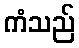
ကံသည်